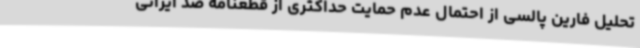
تحلیل فارین پالسی از احتمال عدم حمایت حداکثری از قطعنامه ضد ایرانی